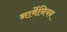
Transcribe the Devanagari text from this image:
नार्वेनियन